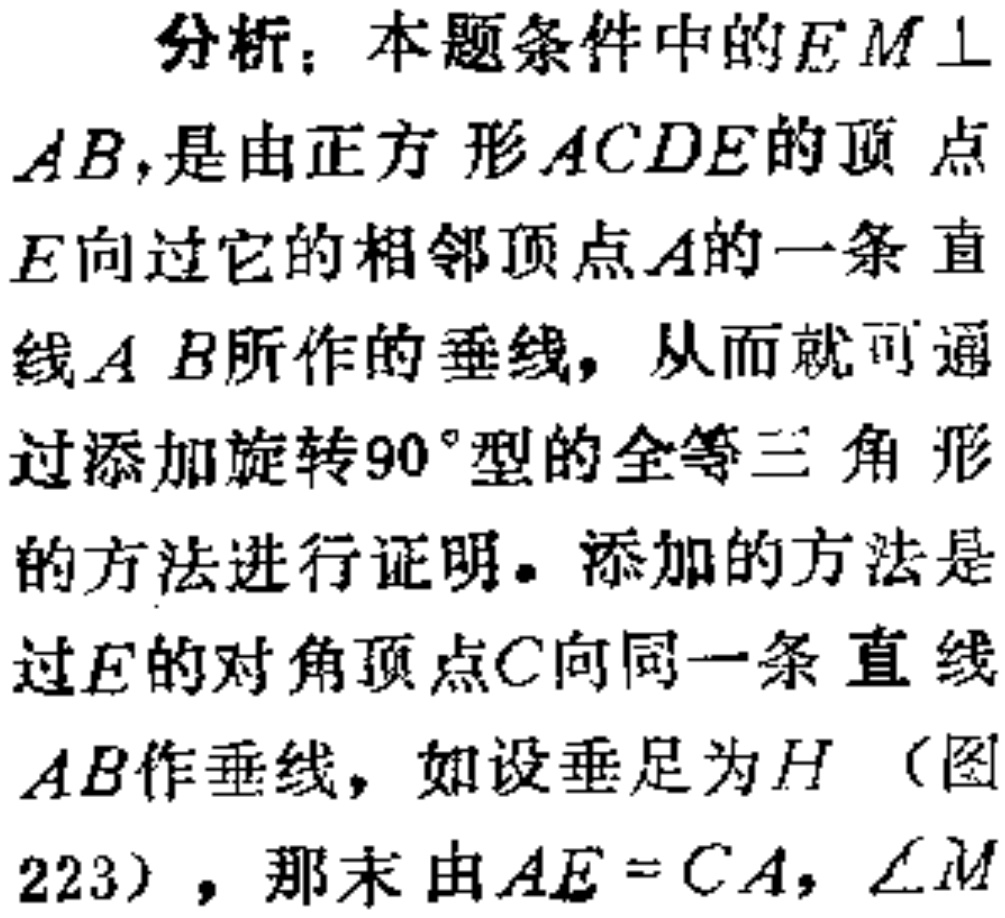
分析：本题条件中的\(EM\perp AB\)，是由正方形\(ACDE\)的顶点\(E\)向过它的相邻顶点\(A\)的一条直线\(AB\)所作的垂线，从而就可通过添加旋转\(90^{\circ}\)型的全等三角形的方法进行证明。添加的方法是过\(E\)的对角顶点\(C\)向同一条直线\(AB\)作垂线，如设垂足为\(H\)（图223），那末由\(AE = CA\)，\(\angle M\)